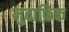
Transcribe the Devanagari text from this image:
मुवाफ़िक